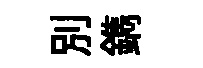
别鐫